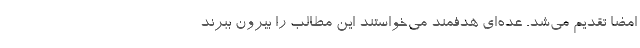
امضا تقدیم می‌شد. عده‌ای هدفمند می‌خواستند این مطالب را بیرون ببرند